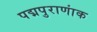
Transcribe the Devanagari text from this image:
पद्मपुराणांक